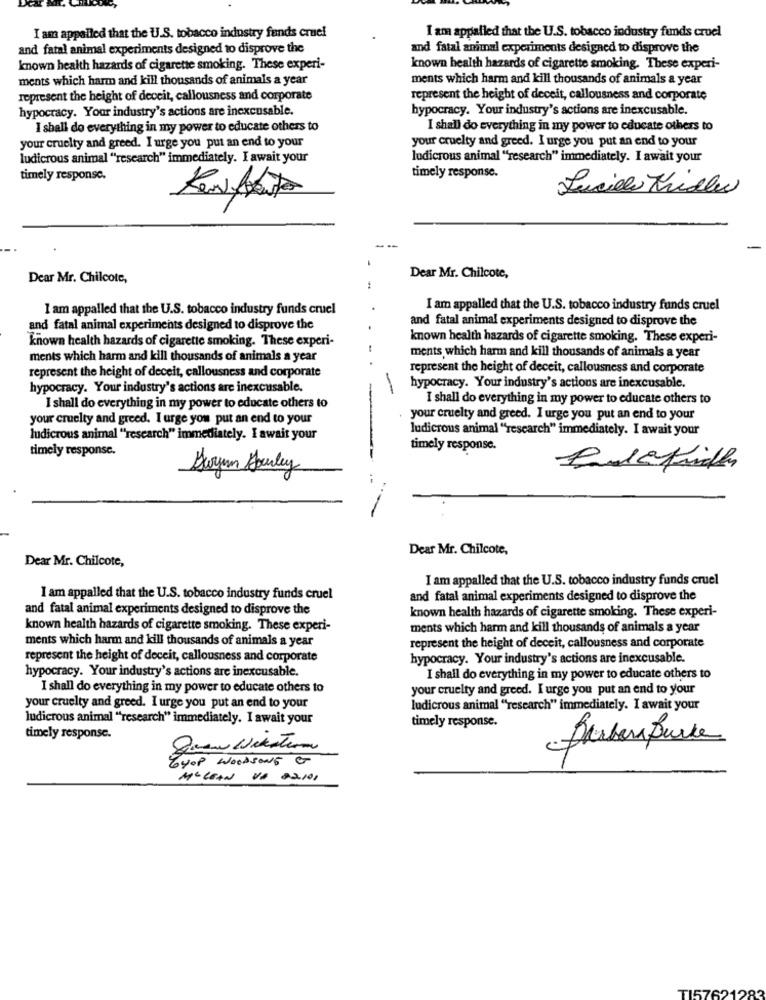
I am appalled that the U.S. tobacco industry fands cruel
I am appalled that the U.S. tobacco industry funds cruel
and fatal animal experiments designed to disprove the
and fatal animal experiments designed to disprove the
known health hazards of cigarette smoking. These experi-
known health hazards of cigarette smoking. These experi-
ments which harm and kill thousands of animals a year
ments which harm and kill thousands of animals a year
represent the height of deceit, callousness and corporate
represent the height of deceit, callousness and corporate
hypocracy. Your industry's actions are inexcusable.
hypocracy. Your industry's actions are inexcusable.
I shall do everything in my power to educate others to
I shall do everything in my power to educate others to
your cruelty and greed. I urge you put an end to your
your cruelty and greed. I urge you put an end to your
ludicrous animal ""research" immediately. I await your
ludicrous animal "research" immediately. I await your
timely response.
timely response.
Lucille Midler
Perfeito
Dear Mr. Chilcote,
Dear Mr. Chilcote,
I am appalled that the U.S. tobacco industry funds cruel
I am appalled that the U.S. tobacco industry funds cruel
and fatal animal experiments designed to disprove the
and fatal animal experiments designed to disprove the
known health hazards of cigarette smoking. These experi-
known health hazards of cigarette smoking. These experi-
ments which harm and kill thousands of animals a year
ments which harm and kill thousands of animals a year
represent the height of deceit, callousness and corporate
represent the height of deceit, callousness and corporate
hypocracy. Your industry's actions are inexcusable.
hypocracy. Your industry's actions are inexcusable.
I shall do everything in my power to educate others to
I shall do everything in my power to educate others to
your cruelty and greed. I urge you put an end to your
your cruelty and greed. I urge you put an end to your
ludicrous animal "research" immediately. I await your
ludicrous animal ""research" immediately. I await your
timely response.
timely response.
Gloryen Suley
-
Dear Mr. Chilcote,
Dear Mr. Chilcote,
I am appalled that the U.S. tobacco industry funds cruel
I am appalled that the U.S. tobacco industry funds cruel
and fatal animal experiments designed to disprove the
and fatal animal experiments designed to disprove the
known health hazards of cigarette smoking. These experi-
known health hazards of cigarette smoking. These experi-
ments which harm and kill thousands of animals a year
ments which harm and kill thousands of animals a year
represent the height of deceit, callousness and corporate
represent the height of deceit, callousness and corporate
hypocracy. Your industry's actions are inexcusable.
hypocracy. Your industry's actions are inexcusable.
I shall do everything in my power to educate others to
I shall do everything in my power to educate others to
your cruelty and greed. I urge you put an end to your
your cruelty and greed. I urge you put an end to your
ludicrous animal "research" immediately. I await your
ludicrous animal "research" immediately. I await your
timely response.
timely response.
TyOP WOODSONG G
MELLAN VA 02.101
TI57621283